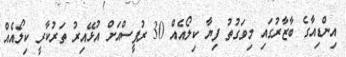
އިންޑިއާގެ ބާޒާރުގައި މިވަގުތު ފިޔާ ކިލޯއެއް 30 ރުޕީސްއަށް އުޅޭއިރު ތަރުކާރީ ކިލޯއެއް